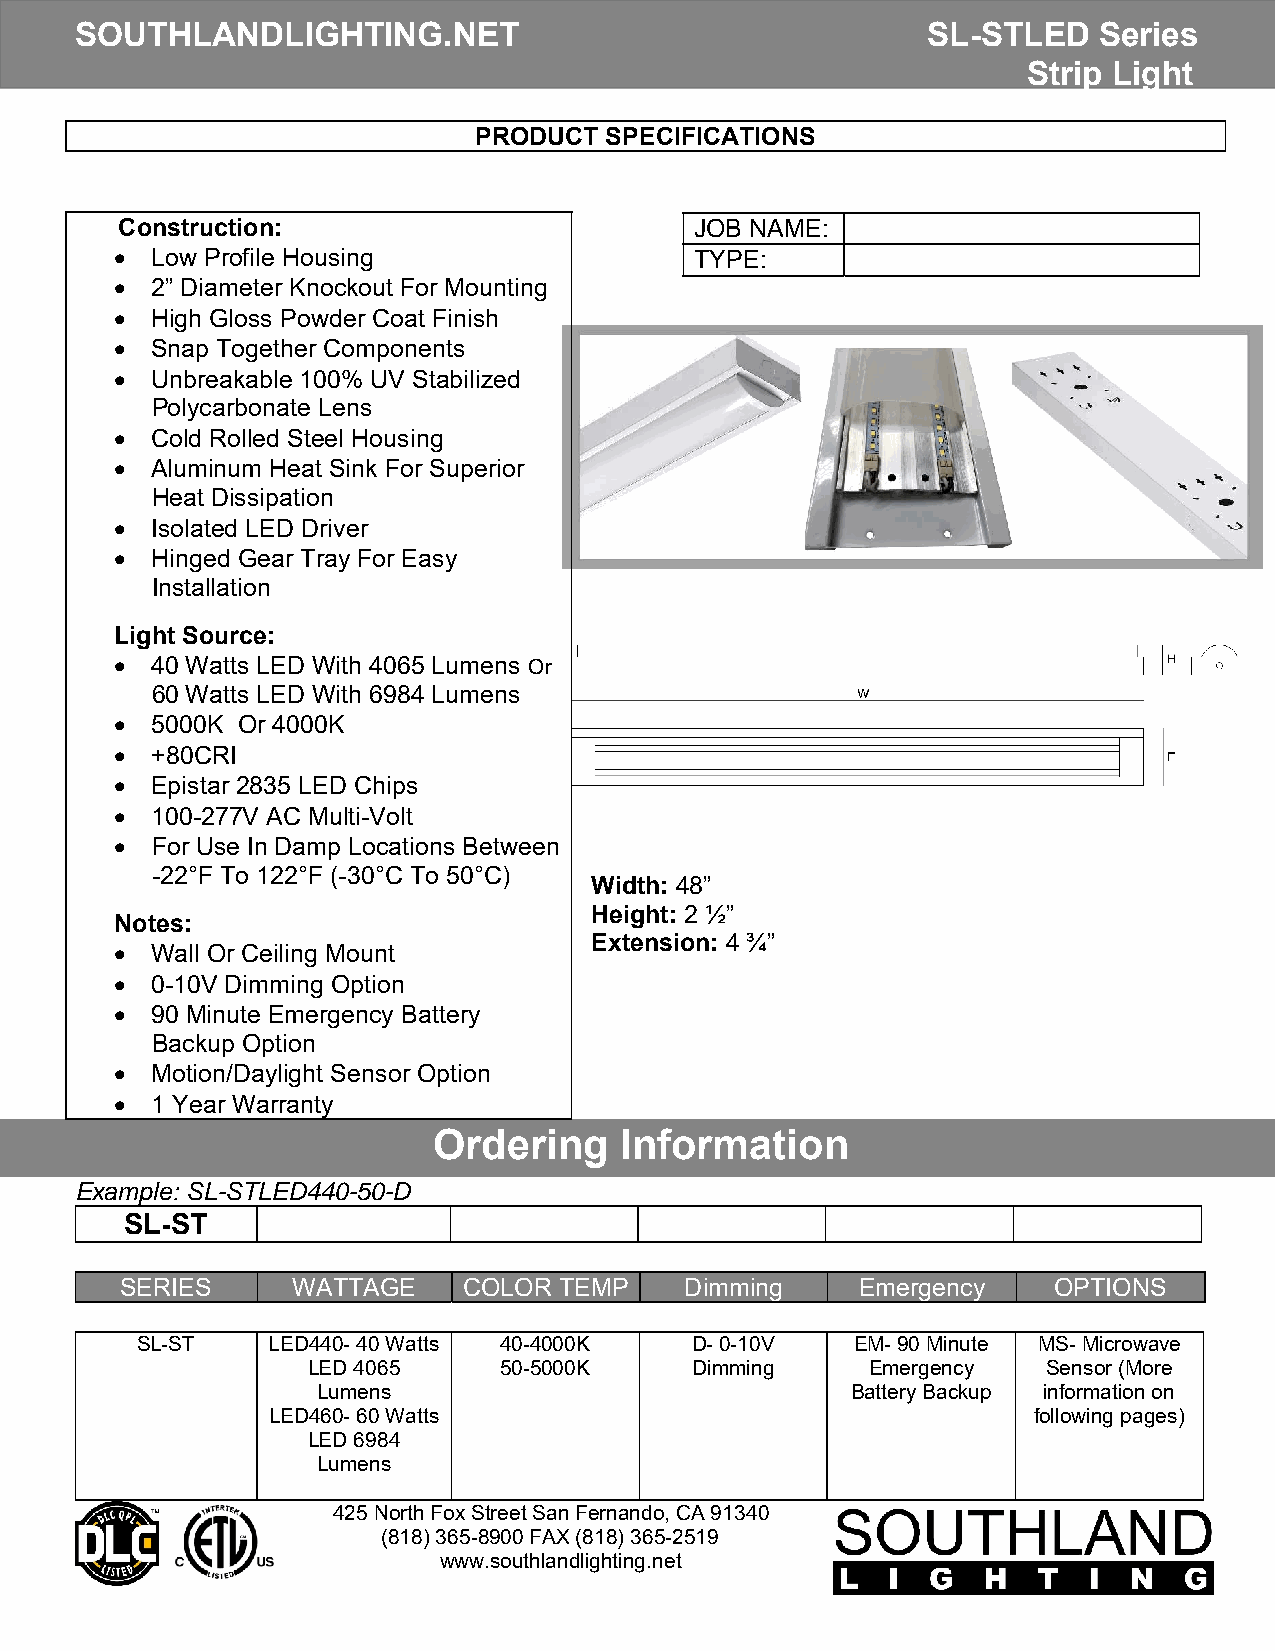
SOUTHLANDLIGHTING.NET                                   SL-STLED    Series
 Strip Light
 PRODUCT  SPECIFICATIONS
 Construction:                         JOB NAME:
  Low Profile Housing                 TYPE:
  2” Diameter Knockout For Mounting
  High Gloss Powder Coat Finish
  Snap Together Components
  Unbreakable 100% UV Stabilized
 Polycarbonate Lens
  Cold Rolled Steel Housing
  Aluminum Heat Sink For Superior
 Heat Dissipation
  Isolated LED Driver
  Hinged Gear Tray For Easy
 Installation
 Light Source:
  40 Watts LED With 4065 Lumens Or
 60 Watts LED With 6984 Lumens
  5000K Or 4000K
  +80CRI
  Epistar 2835 LED Chips
  100-277V AC Multi-Volt
  For Use In Damp Locations Between
 -22°F To 122°F (-30°C To 50°C)
 Width: 48”
 Height: 2 ½”
 Notes:
 Extension: 4 ¾”
  Wall Or Ceiling Mount
  0-10V Dimming Option
  90 Minute Emergency Battery
 Backup Option
  Motion/Daylight Sensor Option
  1 Year Warranty
 Ordering    Information
 Example: SL-STLED440-50-D
 SL-ST
 SERIES     WATTAGE     COLOR TEMP    Dimming     Emergency    OPTIONS
 SL-ST    LED440- 40 Watts 40-4000K   D- 0-10V   EM- 90 Minute MS- Microwave
 LED 4065     50-5000K     Dimming     Emergency  Sensor (More
 Lumens                             Battery Backup information on
 LED460- 60 Watts                                  following pages)
 LED 6984
 Lumens
 425 North Fox Street San Fernando, CA 91340
 (818) 365-8900 FAX (818) 365-2519
 www.southlandlighting.net